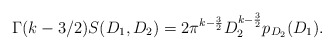
\begin{align*} \Gamma(k- 3/2) S(D_1,D_2)=2\pi^{k-\frac{3}{2}}D_2^{k-\frac{3}{2}} p_{D_2}(D_1).\end{align*}